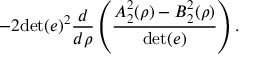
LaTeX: - 2 \mathrm { d e t } ( e ) ^ { 2 } \frac { d } { d \rho } \left( \frac { A _ { 2 } ^ { 2 } ( \rho ) - B _ { 2 } ^ { 2 } ( \rho ) } { \mathrm { d e t } ( e ) } \right) .